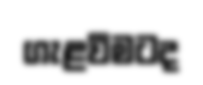
ගැළවීමටද